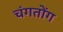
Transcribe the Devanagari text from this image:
चंगतोंग